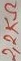
Text: 2,2KΩ